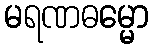
မရဏဓမ္မော